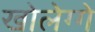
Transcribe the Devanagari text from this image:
खोलेग्गे